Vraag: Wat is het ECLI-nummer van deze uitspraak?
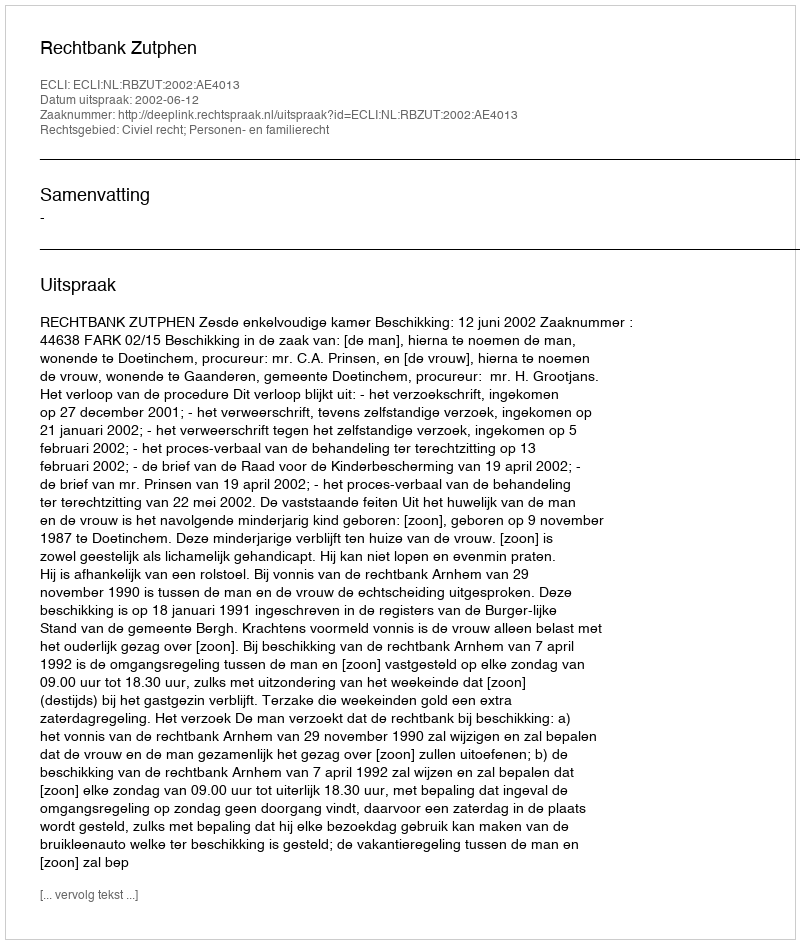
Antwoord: ECLI:NL:RBZUT:2002:AE4013